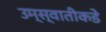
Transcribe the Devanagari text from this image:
उम्स्वातीकडे